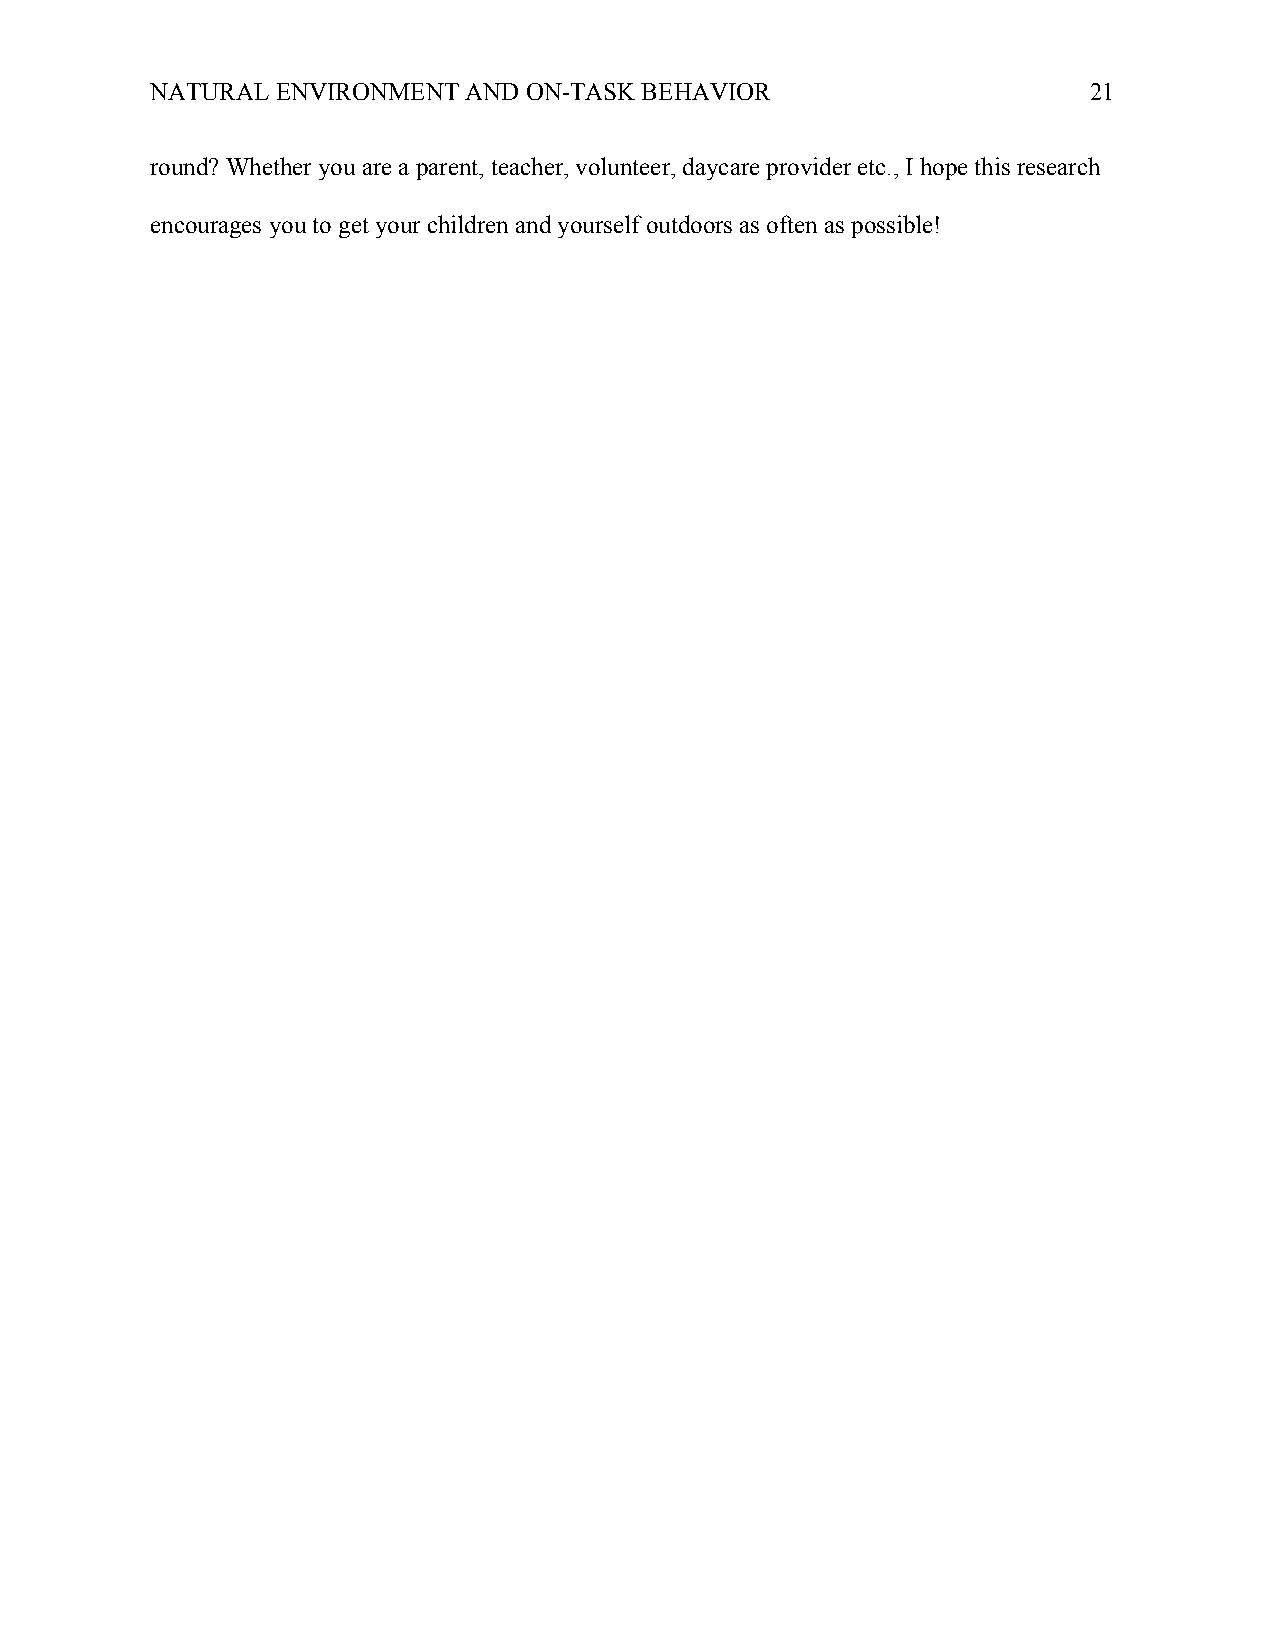
NATURAL ENVIRONMENT  AND ON-TASK BEHAVIOR                     21
 round? Whether you are a parent, teacher, volunteer, daycare provider etc., I hope this research
 encourages you to get your children and yourself outdoors as often as possible!